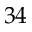
3 4